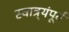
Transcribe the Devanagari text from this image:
स्वात्र्यंपूर्व